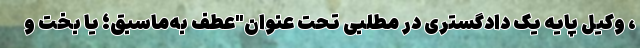
، وکیل پایه یک دادگستری در مطلبی تحت عنوان"عطف به‌ماسبق؛ یا بخت و